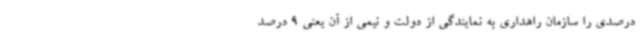
درصدی را سازمان راهداری به نمایندگی از دولت و نیمی از آن یعنی 9 درصد